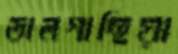
তালগাছিয়া